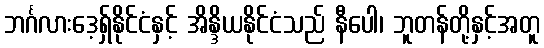
ဘင်္ဂလားဒေ့ရှ်နိုင်ငံနှင့် အိန္ဒိယနိုင်ငံသည် နီပေါ၊ ဘူတန်တို့နှင့်အတူ